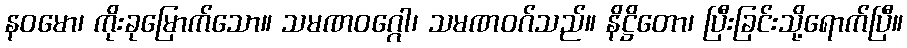
နဝမော၊ ကိုးခုမြောက်သော။ သမဏဝဂ္ဂေါ၊ သမဏဝဂ်သည်။ နိဋ္ဌိတော၊ ပြီးခြင်းသို့ရောက်ပြီ။